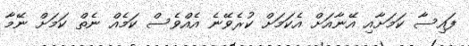
ފައިސާ ކަމަށާއި އޭނާއަށް އެކަމަށް ކުރެވޭނެ އެއްވެސް ކަމެއް ނެތް ކަމަށް ނޭމާ